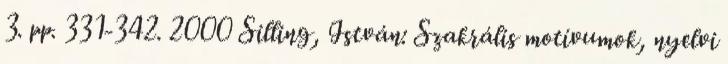
3. pp. 331-342. 2000 Silling, István: Szakrális motívumok, nyelvi